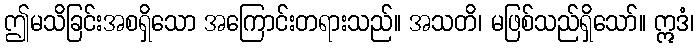
ဤမသိခြင်းအစရှိသော အကြောင်းတရားသည်။ အသတိ၊ မဖြစ်သည်ရှိသော်။ ဣဒံ၊